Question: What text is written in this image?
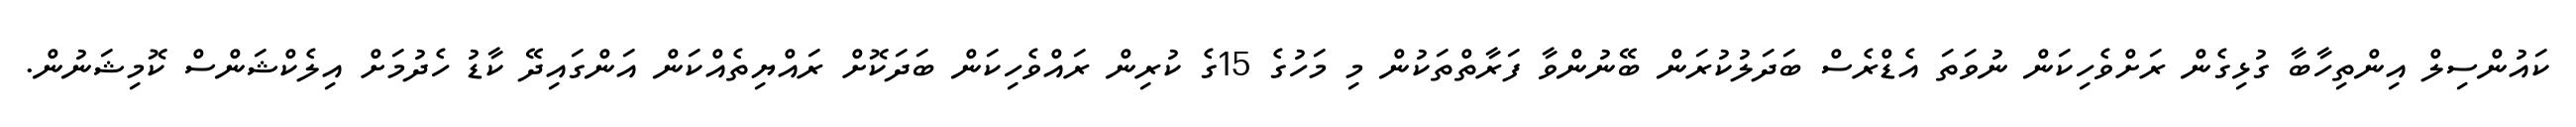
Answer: ކައުންސިލް އިންތިހާބާ ގުޅިގެން ރަށްވެހިކަން ނުވަތަ އެޑްރެސް ބަދަލުކުރަން ބޭނުންވާ ފަރާތްތަކުން މި މަހުގެ 15ގެ ކުރިން ރައްވެހިކަން ބަދަކޮށް ރައްޔިތެއްކަން އަންގައިދޭ ކާޑު ހެދުމަށް އިލެކްޝަންސް ކޮމިޝަނުން.